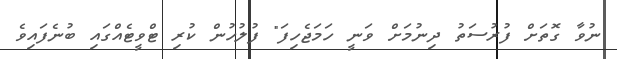
ނުވާ ގޮތަށް ފުރުސަތު ދިނުމަށް ވަނީ ހަމަޖެހިފަ" ފުލުހުން ކުރި ޓްވީޓެއްގައި ބުނެފައިވެ